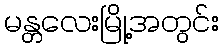
မန္တလေးမြို့အတွင်း